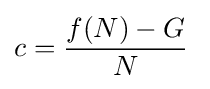
c={\frac {f(N)-G}{N}}\;